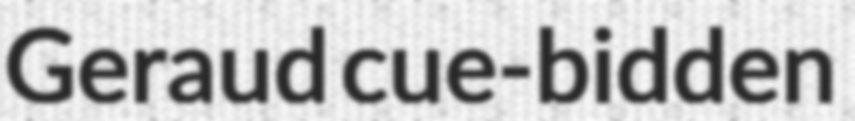
Geraud cue-bidden